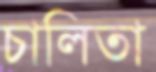
চালিতা